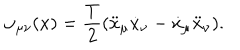
\omega _ { \mu \nu } ( x ) = { \frac { T } { 2 } } ( \ddot { x } _ { \mu } \dot { x } _ { \nu } - \dot { x } _ { \mu } \ddot { x } _ { \nu } ) .